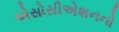
એસોસીએશનનો